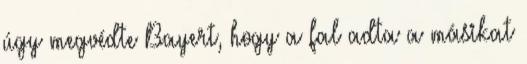
úgy megvédte Bayert, hogy a fal adta a másikat